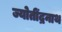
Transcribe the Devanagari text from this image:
ज्योतींद्रनाथ